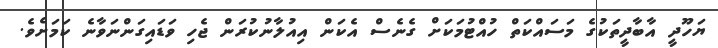
ޔަހޫދީ އާބާދީތަކުގެ މަސައްކަތް ހުއްޓުމަކަށް ގެނެސް އެކަން އިއުލާނުކުރަން ޖެހި ވަޑައިގަންނަވާނެ ކަމަށެވެ.